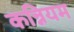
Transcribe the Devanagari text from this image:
कन्नियम